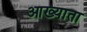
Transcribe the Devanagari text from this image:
आख्याता